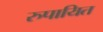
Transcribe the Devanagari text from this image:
रुपायित